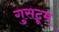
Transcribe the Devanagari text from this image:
गुसटूम